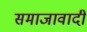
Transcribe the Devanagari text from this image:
समाजावादी